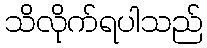
သိလိုက်ရပါသည်